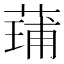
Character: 𮐢